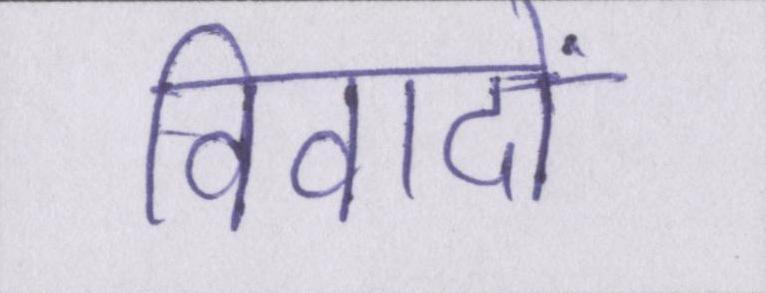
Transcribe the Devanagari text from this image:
विवादों